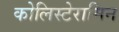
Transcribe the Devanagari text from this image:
कोलिस्टेरामिन